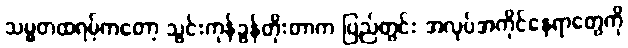
သမ္မတထရမ့်ကတော့ သွင်းကုန်ခွန်တိုးတာက ပြည်တွင်း အလုပ်အကိုင်နေရာတွေကို